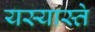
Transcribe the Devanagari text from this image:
यस्यास्ते